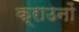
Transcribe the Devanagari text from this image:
क्राउनों